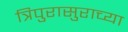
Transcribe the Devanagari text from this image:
त्रिपुरासुराच्या